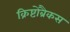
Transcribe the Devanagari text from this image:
क्रिष्टोब्रैकस